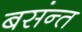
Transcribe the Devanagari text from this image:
बसंन्त